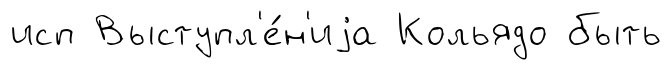
исп Выступл'е́н'иjа Кольядо быть